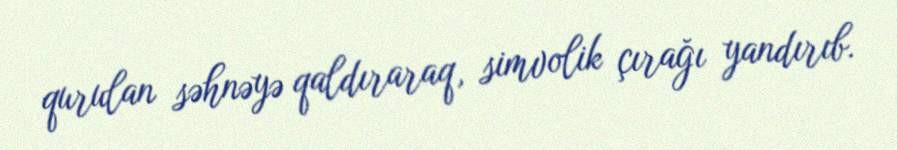
qurulan səhnəyə qaldıraraq, simvolik çırağı yandırıb.